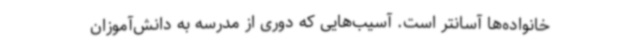
خانواده‌ها آسانتر است. آسیب‌هایی که دوری از مدرسه به دانش‌آموزان